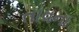
તાવના